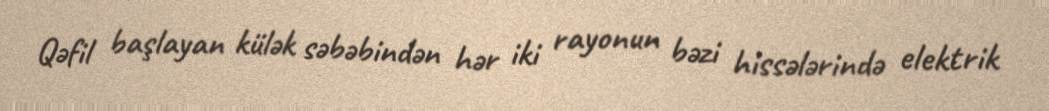
Qəfil başlayan külək səbəbindən hər iki rayonun bəzi hissələrində elektrik